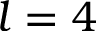
l = 4